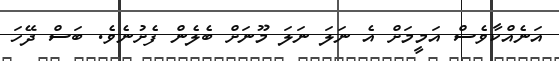
އަނެއްކާވެސް އަމީމަށް އެ ނަލަ ނަލަ މޫނަށް ބެލެން ފެށުނެވެ. ބަސް ދޭހަ